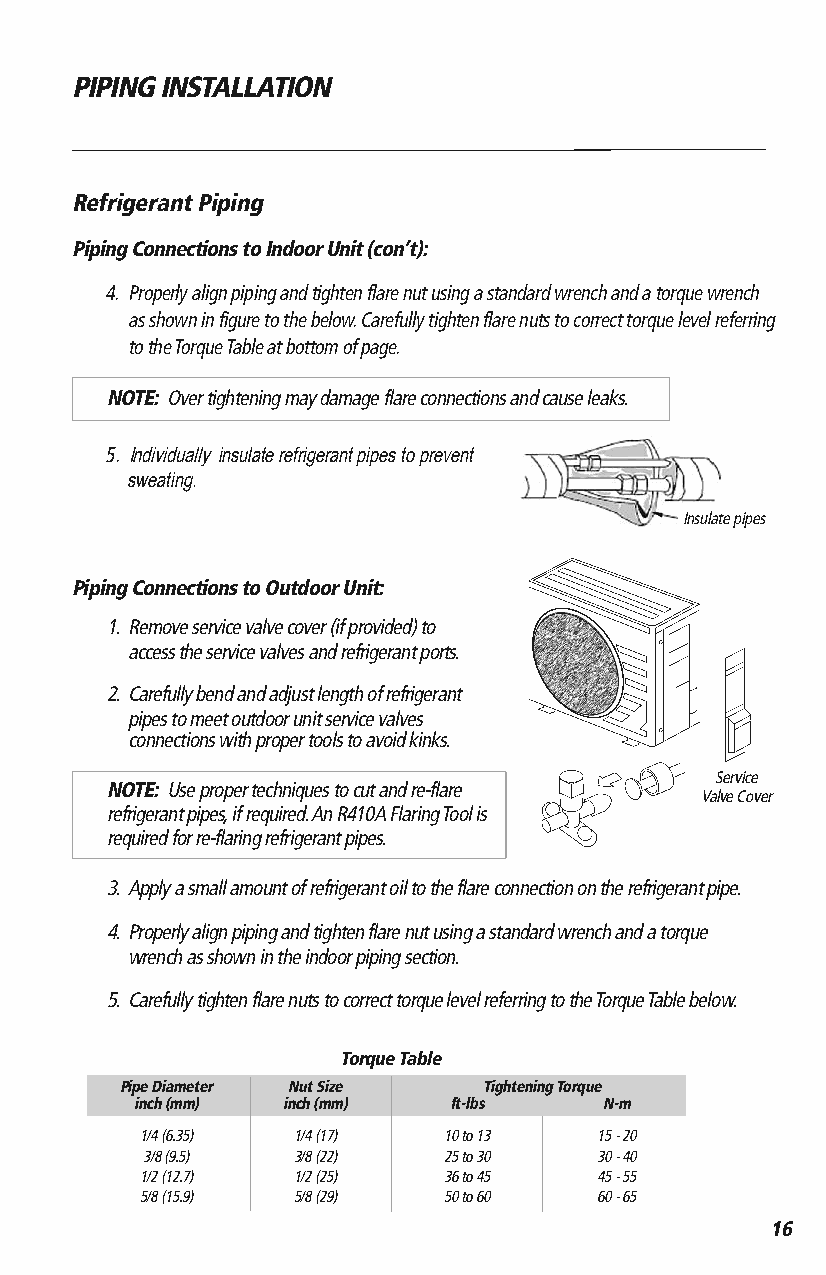
PIPING INSTALLATION
 Refrigerant Piping
 Piping Connections to Indoor Unit (con’t):
 4.Properly align piping and tighten flare nut using a standard wrench and a torque wrench
 as shown in figure to the below. Carefully tighten flare nuts to correct torque level referring
 to the Torque Table at bottom of page.
 NOTE:Over tightening may damage flare connections and cause leaks.
 5. Individually insulate refrigerant pipes to prevent
 sweating.
 Insulate pipes
 Piping Connections to Outdoor Unit:
 1. Remove service valve cover (if provided) to
 access the service valves and refrigerant ports.
 2. Carefully bend and adjust length of refrigerant
 pipes to meet outdoor unit service valves
 connections with proper tools to avoid kinks.
 Service
 NOTE:Use proper techniques to cut and re-flare
 Valve Cover
 refrigerant pipes, if required. An R410A Flaring Tool is
 required for re-flaring refrigerant pipes.
 3. Apply a small amount of refrigerant oil to the flare connection on the refrigerant pipe.
 4. Properly align piping and tighten flare nut using a standard wrench and a torque
 wrench as shown in the indoor piping section.
 5. Carefully tighten flare nuts to correct torque level referring to the Torque Table below.
 Torque Table
 Pipe Diameter Nut Size  Tightening Torque
 inch (mm) inch (mm)  ft-lbs    N-m
 1/4 (6.35) 1/4 (17) 10 to 13  15 - 20
 3/8 (9.5) 3/8 (22)  25 to 30  30 - 40
 1/2 (12.7) 1/2 (25) 36 to 45  45 - 55
 5/8 (15.9) 5/8 (29) 50 to 60  60 - 65
 16